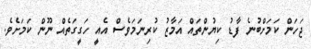
ޖަހަން ކަމަށްބުނެ ފާޑު ކިޔުންތައް އަމާޒު ކުރިނަމަވެސް އެއީ ހަގީގަތެއް ނޫން ކަމަށެވެ.